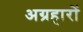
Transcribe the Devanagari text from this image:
अग्रहारों